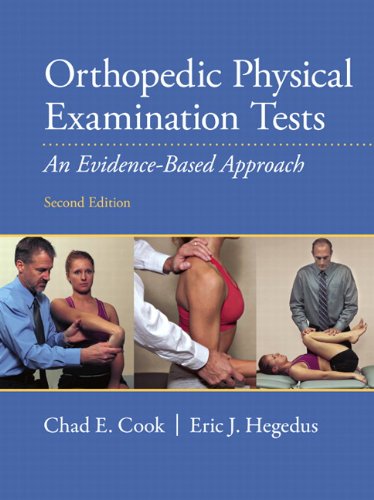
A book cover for Orthopedic Physical Examination Tests: An Evidence-Based Approach (2nd Edition); Chad Cook; Medical Books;